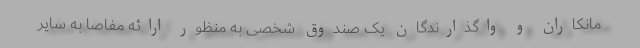
مانکاران و واگذارندگان یک صندوق شخصی به منظور ارائه مفاصا به سایر